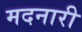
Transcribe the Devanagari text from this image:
मदनारी